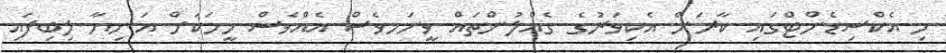
މި އެކްސިޑެންޓްގައި ކާރަށް އެކިވަރުގެ ގެއްލުންތައް ވީނަަމވެސް އެއްވެސް މީހަކަށް އަނިޔާ ލިބިފައި